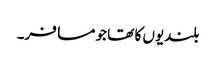
بلندیوں کا تھا جو مسافر۔